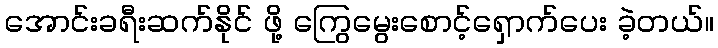
အောင်းခရီးဆက်နိုင် ဖို့ ကြွေမွေးစောင့်ရှောက်ပေး ခဲ့တယ်။